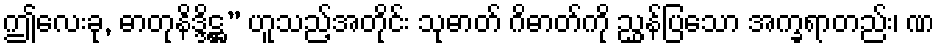
ဤလေးခု, ဓာတုနိဒ္ဒိဋ္ဌ” ဟူသည့်အတိုင်း သုဓာတ် ဂိဓာတ်ကို ညွှန်ပြသော အက္ခရာတည်း၊ ဏ